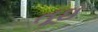
તૂઇ